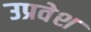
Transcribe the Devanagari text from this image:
उप्रवेश